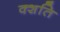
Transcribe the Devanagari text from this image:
क्शति